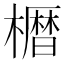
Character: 𫞒